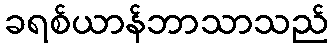
ခရစ်ယာန်ဘာသာသည်